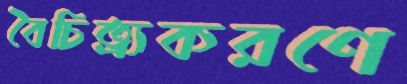
বৈচিত্র্যকরণে